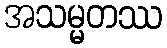
အသမ္မတဿ